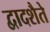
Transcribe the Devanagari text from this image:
द्वादशैते